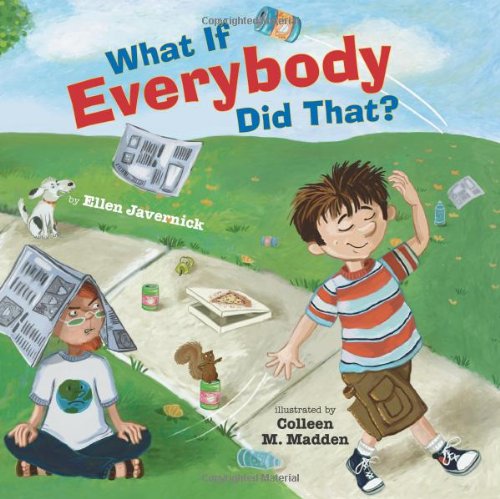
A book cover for What If Everybody Did That?; Ellen Javernick; Children's Books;